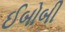
ઈબોબી